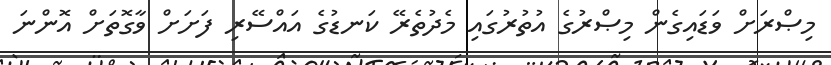
މިޞްރަށް ވަޑައިގެން މިޞްރުގެ އުތުރުގައި މެދުތެރޭ ކަނޑުގެ އައްސޭރި ފަށަށް ވާގޮތަށް އޮންނަ